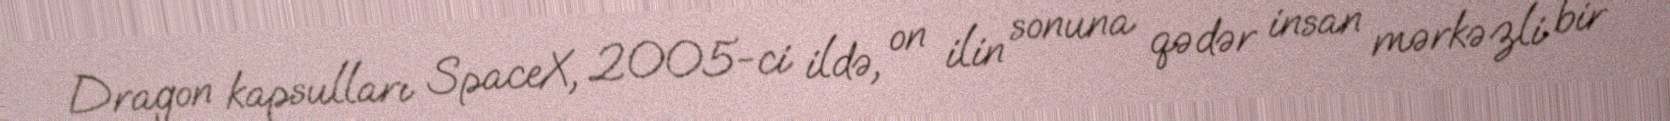
Dragon kapsulları SpaceX, 2005-ci ildə, on ilin sonuna qədər insan mərkəzli bir